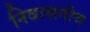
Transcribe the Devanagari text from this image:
निवासनीय